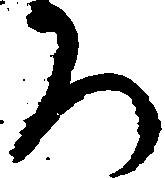
ろ